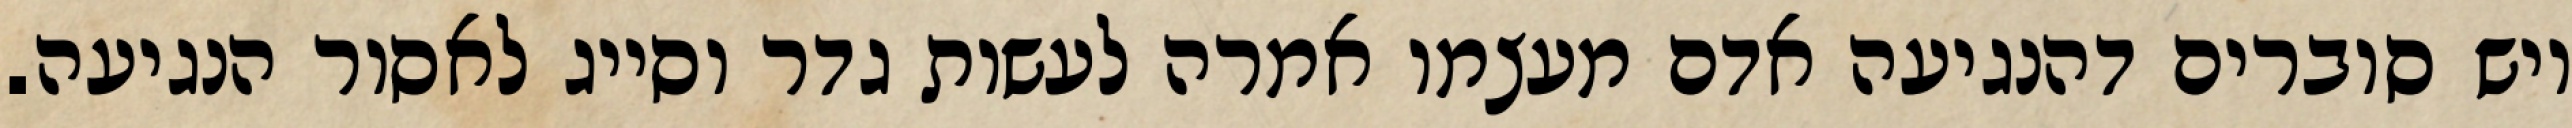
ויש סוברים דהנגיעה אדם מעצמו אמרה לעשות גדר וסייג לאסור הנגיעה.